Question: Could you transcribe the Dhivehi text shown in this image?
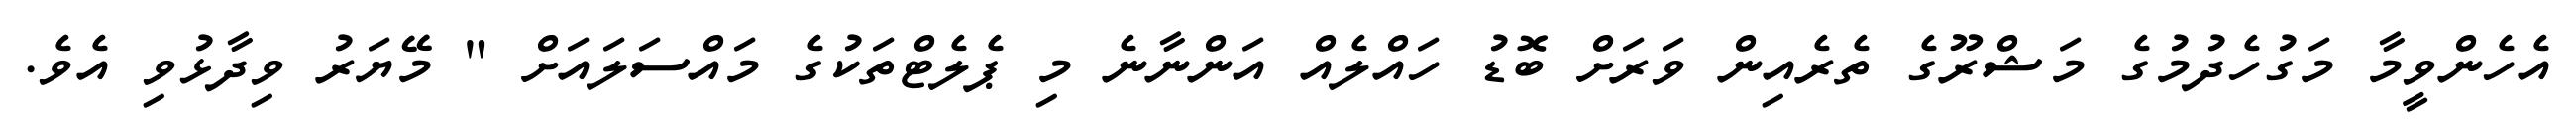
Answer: އެހެންވީމާ މަގުހެދުމުގެ މަޝްރޫގެ ތެރެއިން ވަރަށް ބޮޑު ހައްލެއް އަންނާނެ މި ޕެލެޓްތަކުގެ މައްސަލައަށް " މޭޔަރު ވިދާޅުވި އެވެ.